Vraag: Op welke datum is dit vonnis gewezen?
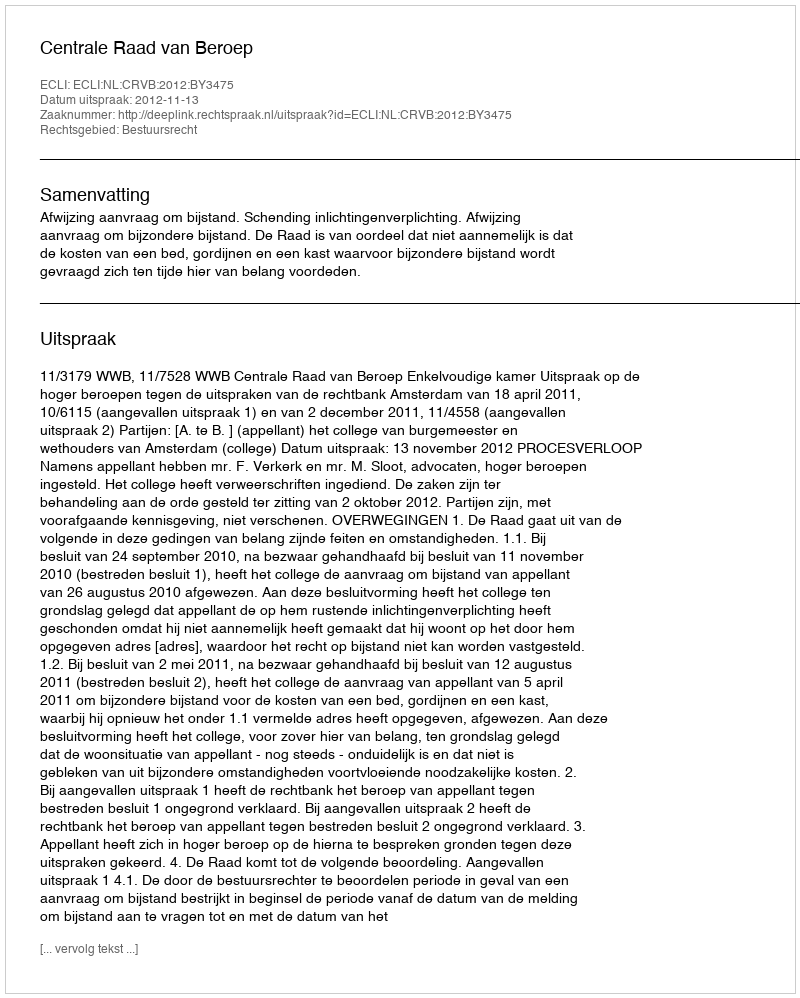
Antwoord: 2012-11-13